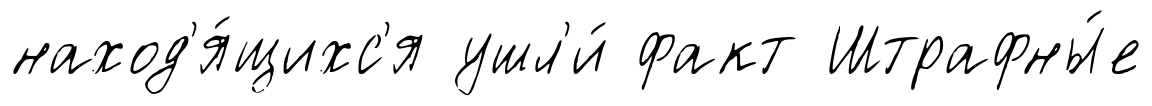
наход'я́щихс'я ушл'и́ факт Штрафны́е